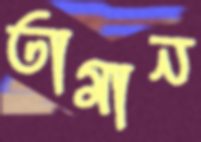
তামান